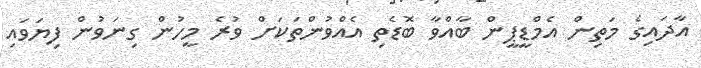
އާދައިގެ މަތިން އެމްޑީޕީން ބާއްވާ ބޮޑެތި އެއްވުންތަކަށް ވުރެ މީހުން ގިނަވުން ފިޔަވައި